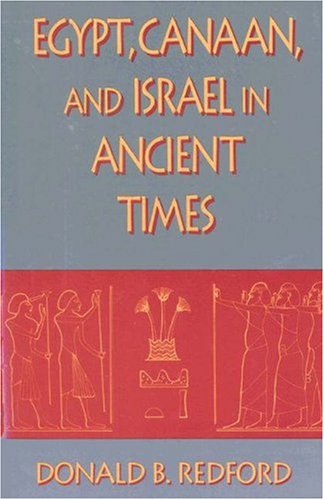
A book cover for Egypt, Canaan, and Israel in Ancient Times; Donald B. Redford; History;